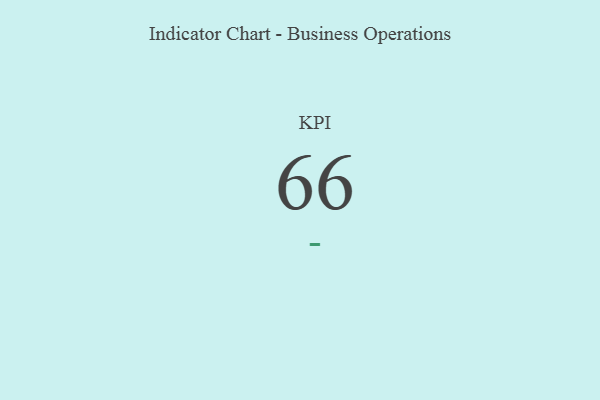
{"axis": {"x": "KPI", "y": "Value"}, "legend": [""], "data": [{"x": "KPI", "y": 66, "type": ""}]}